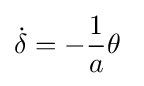
{\dot {\delta }}=-{\frac {1}{a}}\theta ~